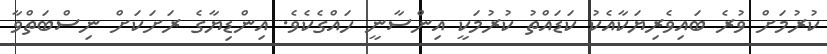
ކުރުމަށް ވުރެ ބައިވެރިޔަކާއެކު ކަޑައްތު ކުރުމަކީ އިންސާނީ ހައްގެކެވެ. އިންޑިޔާގެ ރަށަކަށް ނިސްބަތްވާ